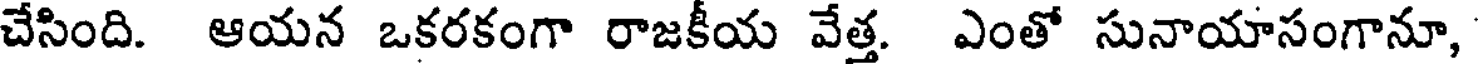
చేసింది. ఆయన ఒకరకంగా రాజకీయ వేత్త. ఎంతో సునాయాసంగానూ,